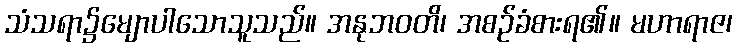
သံသရာ၌မျောပါသောသူသည်။ အနုဘဝတိ၊ အစဉ်ခံစားရ၏။ မဟာရာဇ၊